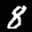
Label: 8